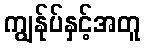
ကျွန်ုပ်နှင့်အတူ